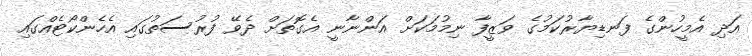
އަދި އެމީހުންގެ ފަނޑިޔާރުކަމުގެ ވަޒީފާ ނިމުމަކަށް އަންނާނީ އެގޮތަށް ދެވޭ ފުރުސަތުގައި އެހެންކޯޓެއްގައި